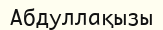
Абдуллақызы